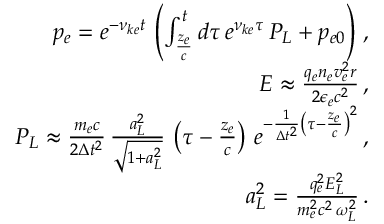
\begin{array} { r l r } & { } & { p _ { e } = e ^ { - \nu _ { k e } t } \, \left( \int _ { \frac { z _ { e } } { c } } ^ { t } d \tau \, e ^ { \nu _ { k e } \tau } \, P _ { L } + p _ { e 0 } \right) \, , } \\ & { } & { E \approx \frac { q _ { e } n _ { e } v _ { e } ^ { 2 } r } { 2 \epsilon _ { e } c ^ { 2 } } \, , } \\ & { } & { P _ { L } \approx \frac { m _ { e } c } { 2 \Delta t ^ { 2 } } \, \frac { a _ { L } ^ { 2 } } { \sqrt { 1 + a _ { L } ^ { 2 } } } \, \left( \tau - \frac { z _ { e } } { c } \right) \, e ^ { - \frac { 1 } { \Delta t ^ { 2 } } \left( \tau - \frac { z _ { e } } { c } \right) ^ { 2 } } \, , } \\ & { } & { a _ { L } ^ { 2 } = \frac { q _ { e } ^ { 2 } E _ { L } ^ { 2 } } { m _ { e } ^ { 2 } c ^ { 2 } \, \omega _ { L } ^ { 2 } } \, . } \end{array}